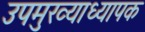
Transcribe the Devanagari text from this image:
उपमुख्याध्यापक